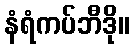
နံရံကပ်ဘီဒို။